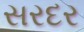
સરદર